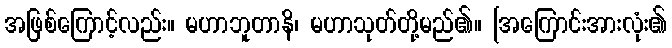
အဖြစ်ကြောင့်လည်း။ မဟာဘူတာနိ၊ မဟာသုတ်တို့မည်၏။ [အကြောင်းအားလုံး၏